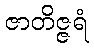
ဇာတိဇ္ဇရံ